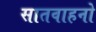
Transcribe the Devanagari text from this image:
सातवाहनो